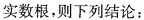
实数根，则下列结论：